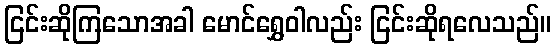
ငြင်းဆိုကြသောအခါ မောင်ရွှေဝါလည်း ငြင်းဆိုရလေသည်။